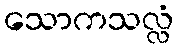
သောကသလ္လံ